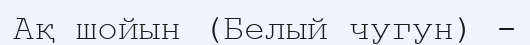
Ақ шойын (Белый чугун) -